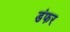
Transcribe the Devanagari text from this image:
डंफर